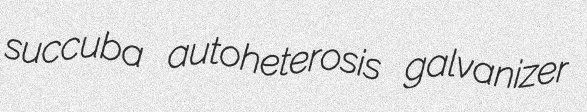
succuba autoheterosis galvanizer